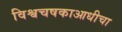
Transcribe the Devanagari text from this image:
विश्वचषकाआधीचा